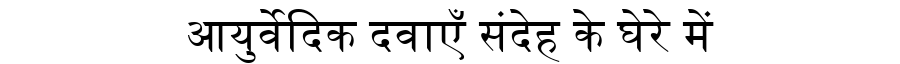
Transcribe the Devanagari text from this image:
आयुर्वेदिक दवाएँ संदेह के घेरे में